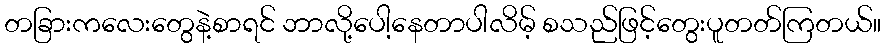
တခြားကလေးတွေနဲ့စာရင် ဘာလို့ပေါ့နေတာပါလိမ့် စသည်ဖြင့်တွေးပူတတ်ကြတယ်။